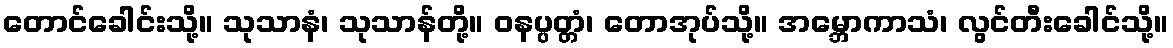
တောင်ခေါင်းသို့။ သုသာနံ၊ သုသာန်တို့။ ဝနပ္ပတ္တံ၊ တောအုပ်သို့။ အမ္ဘောကာသံ၊ လွင်တီးခေါင်သို့။